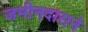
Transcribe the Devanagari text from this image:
जमीनदाराने